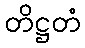
တိဋ္ဌတံ